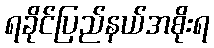
ရခိုင်ပြည်နယ်အစိုးရ